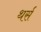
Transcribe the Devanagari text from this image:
थर्स